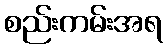
စည်းကမ်းအရ